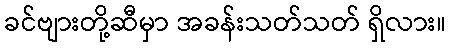
ခင်ဗျားတို့ဆီမှာ အခန်းသတ်သတ် ရှိလား။